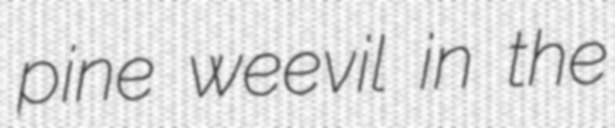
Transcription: pine weevil in the